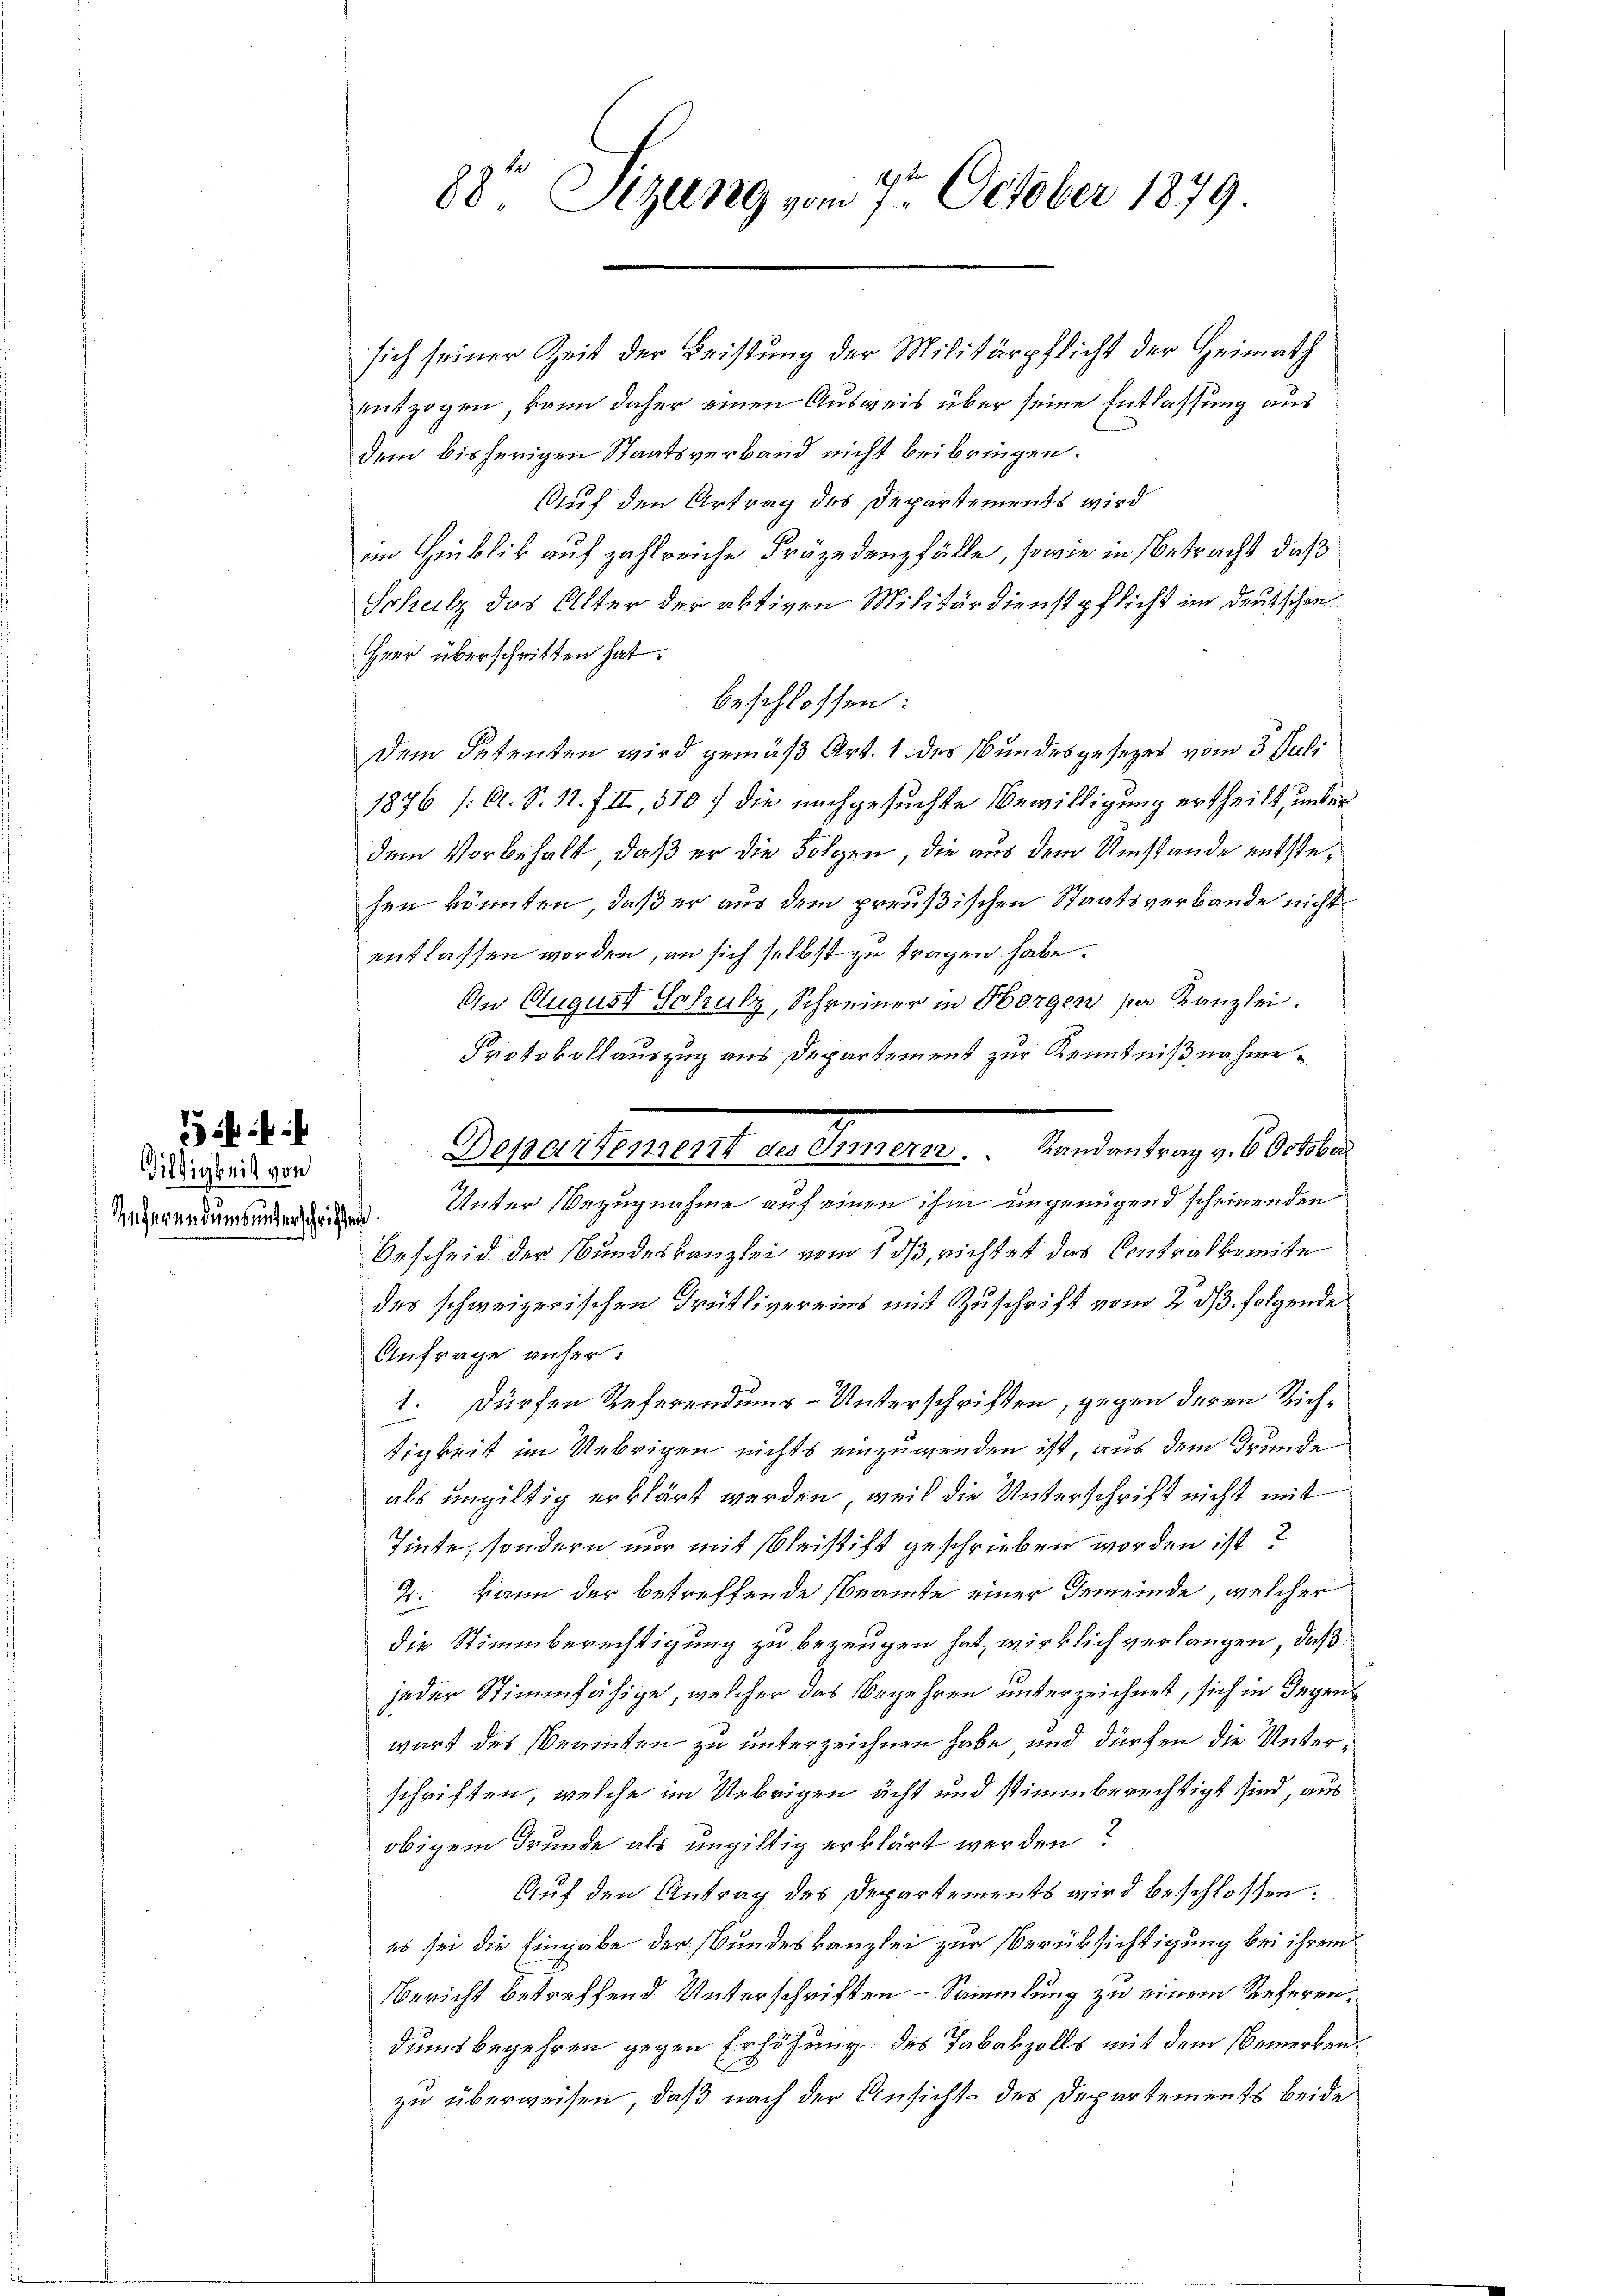
iltigkeit von

Senferendums unterschriften

sich seiner Zeit der Leistung der Militärpflicht der Heimath
entzogen, kann daher einen Ausweis über seine Entlassung aus
dem bisherigen Staatsverband nicht beibringen.
Auf den Urtrag des Departements wird
im Hinblick auf zahlreiche Präjedenzfälle, sowie in Betracht, daß
Schulz das Alter der aktiven Militärdienstpflicht im deutschen
Hier überschritten hat.
beschlossen:
Dem Petenten wird gemäß Art. 1 des Bundesgesezes vom 3. Juli
1876 /A. S. 11. f. II, 510 f die nachgesuchte Bewilligung ertheilt, under
dem Vorbehalt, daß er die Folgen, die aus dem Umstände entstehen könnten, daß er aus dem preußischen Staatsverbande nicht
entlassen worden, an sich selbst zu tragen habe.
An August Schulz, Schreiner in Horgen par Kanzlei.
Protokollauszug aus Departement zur Kenntnißnahme
Departement des Innern. Landantrag v. 6. October
Unter Bezugnahme auf einen ihm ungenügend scheinenden
Bescheid der Bundeskanzlei vom 1 dß, richtet das Contralkomite
des schweizerischen Grütlivereins mit Zuschrift vom 2. ds. folgende
Anfrage anher:
1. Dürfen Referendums-Unterschriften, gegen deren Richtigkeit im Uebrigen nichts einzuwenden ist, aus dem Grunde
als ungültig erklärt werden, weil die Unterschrift nicht mit
Tinte, sondern nur mit Bleistift geschrieben worden ist?
2. kann der betreffende Beamte einer Gemeinde, welcher
die Stimmberechtigung zu bezeugen hat, wirklich verlangen, daß
jeder Stimmfähige, welcher das Begehren unterzeichnet, sich in Gegenwart des Beamten zu unterzeichnen habe und dürfen die Unterschriften, welche im Uebrigen acht und stimmberechtigt sind, aus
obigem Grunde als ungültig erklärt werden?
Auf den Antrag des Departements wird beschlossen:
es sei die Eingabe der Bundeskanzlei zur Berüksichtigung bei ihrem
Bericht betreffend Unterschriften Sammlung zu einem Referendums begehren gegen Erhöhung des Tabakzolls mit dem Bemerken
zu überweisen, daß nach der Ansicht des Departements beide

28t Sizung vom 7. October 1879.